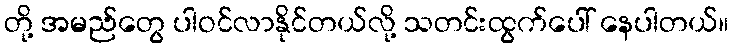
တို့ အမည်တွေ ပါဝင်လာနိုင်တယ်လို့ သတင်းထွက်ပေါ် နေပါတယ်။